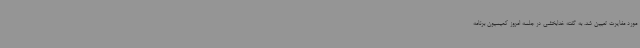
مورد مغایرت تعیین شد. به گفته خدابخشی در جلسه امروز کمیسیون برنامه